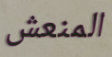
المنعش